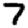
Digit: 7